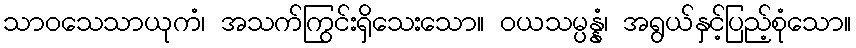
သာဝသေသာယုကံ၊ အသက်ကြွင်းရှိသေးသော။ ဝယသမ္ပန္နံ၊ အရွယ်နှင့်ပြည့်စုံသော။